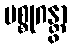
ပစ္စုဂန္တွာ